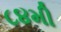
૮૪મી